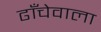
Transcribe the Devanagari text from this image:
ढाँचेवाला